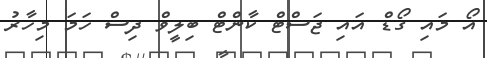
އޯ މައި ގޯޑް އައި ޖަސްޓް ކާންޓް ބިލީވް ދިސް ހަމަ މިހާރު